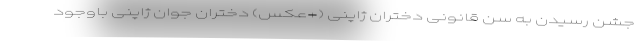
جشن رسیدن به سن قانونی دختران ژاپنی (+عکس) دختران جوان ژاپنی باوجود